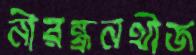
নীরন্ধ্রনথীজ